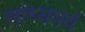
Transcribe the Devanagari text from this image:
सांध्यपर्व